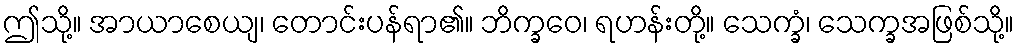
ဤသို့။ အာယာစေယျ၊ တောင်းပန်ရာ၏။ ဘိက္ခဝေ၊ ရဟန်းတို့။ သေက္ခံ၊ သေက္ခအဖြစ်သို့။